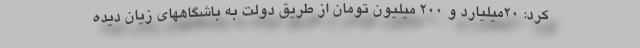
کرد: ۲۰میلیارد و ۲۰۰ میلیون تومان از طریق دولت به باشگاههای زیان دیده